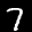
Label: 7